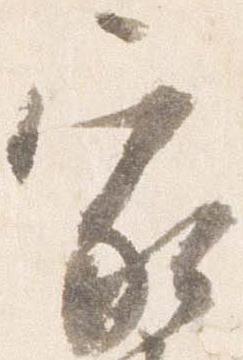
家